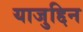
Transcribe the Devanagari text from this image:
याजुद्दिन